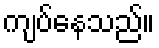
ကျပ်နေသည်။